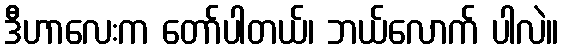
ဒီဟာလေးက တော်ပါတယ်၊ ဘယ်လောက် ပါလဲ။